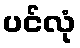
ပင်လုံ